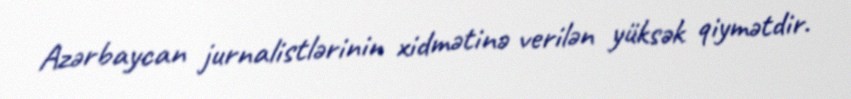
Azərbaycan jurnalistlərinin xidmətinə verilən yüksək qiymətdir.